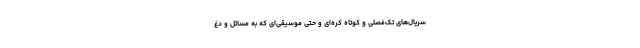
سریال‌های تک‌فصلی و کوتاه کره‌ای و حتی موسیقی‌ای که به مسائل و دغ